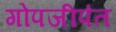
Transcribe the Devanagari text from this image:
गोपजीपंत